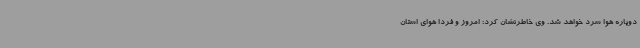
دوباره هوا سرد خواهد شد. وی خاطرنشان کرد: امروز و فردا هوای استان